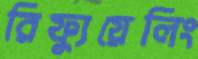
রিফ্যুয়েলিং